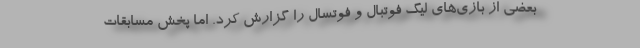
بعضی از بازی‌های لیگ فوتبال و فوتسال را گزارش کرد. اما پخش مسابقات